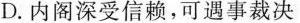
D.内阁深受信赖，可遇事裁决